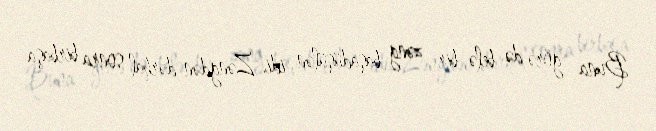
Buna görə də belə bir zəng başadüşülən idi. Zəngdən dərhal sonra birbaşa